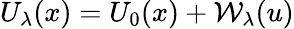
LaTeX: U_{\lambda}(x)=U_{0}(x)+\mathcal{W}_{\lambda}(u)